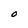
Character: O